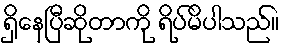
ရှိနေပြီဆိုတာကို ရိပ်မိပါသည်။